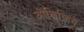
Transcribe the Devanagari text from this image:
ओलिव्हिये